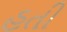
હતી